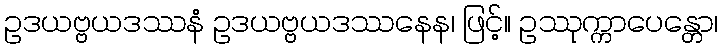
ဥဒယဗ္ဗယဒဿနံ ဥဒယဗ္ဗယဒဿနေန၊ ဖြင့်။ ဥဿုက္ကာပေန္တော၊